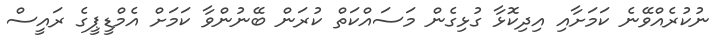
ނުކުރެއްވޭނެ ކަމަށާއި އިދިކޮޅާ ގުޅިގެން މަސައްކަތް ކުރަން ބޭނުންވާ ކަމަށް އެމްޑީޕީގެ ރައީސް